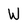
Character: W